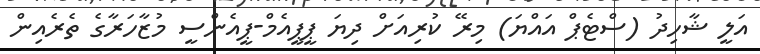
އަލީ ޝާހިދު (ސްޓެޕް އައްޔަ) މިރޭ ކުރިއަށް ދިޔަ ޕީޕީއެމް-ޕީއެންސީ މުޒާހަރާގެ ތެރެއިން